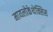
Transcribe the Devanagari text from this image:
मायलोकेथेक्सिस